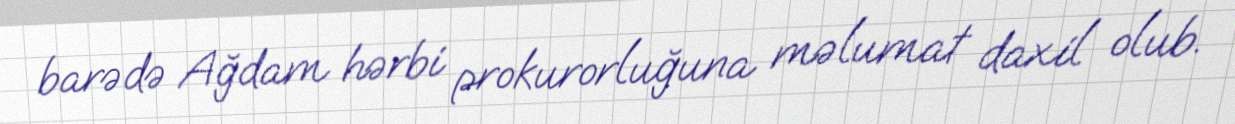
barədə Ağdam hərbi prokurorluğuna məlumat daxil olub.